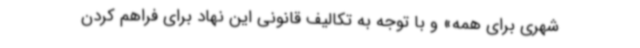
شهری برای همه» و با توجه به تکالیف قانونی این نهاد برای فراهم کردن